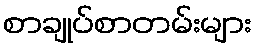
စာချုပ်စာတမ်းများ